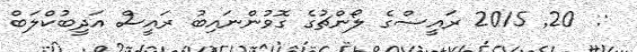
:  20